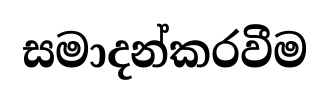
සමාදන්කරවීම